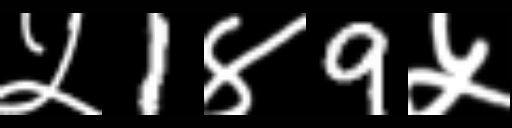
Text: ५1४9५